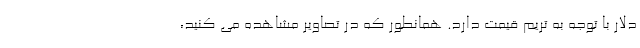
دلار با توجه به تریم قیمت دارد. همانطور که در تصاویر مشاهده می کنید،